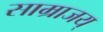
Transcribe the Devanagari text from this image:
साम्राजय्